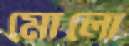
মোলো